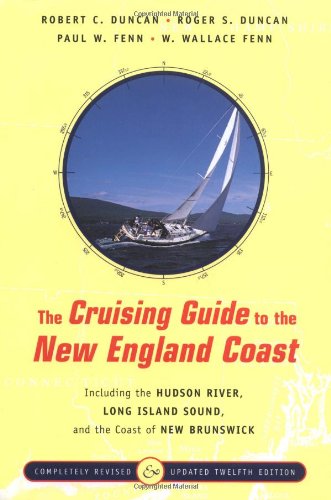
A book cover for The Cruising Guide to the New England Coast: Including the Hudson River, Long Island Sound, and the Coast of New Brunswick, Twelfth Edition; Robert C. Duncan; Travel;